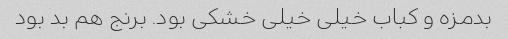
بدمزه و کباب خیلی خیلی خشکی بود. برنج هم بد بود